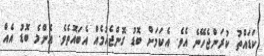
ކަޑައްތު ކުރަންޖެހޭނެ އެވެ. އެކަމަށް ބޮޑު ގޮންޖެހުމެއް އެބައޮތެވެ. އެންމެ ބޮޑު އެއް